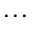
. . .